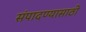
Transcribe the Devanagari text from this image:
संपादण्यासाठी